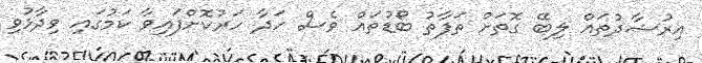
އިރުޝާދުތައް ލިބޭ ގޮތަށް ތަފާތު ބޯޑުތައް ވެސް ހަދާ ހަރުކޮށްފައިވާ ކަމުގައި ވިދާޅުވި